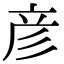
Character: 彦